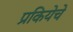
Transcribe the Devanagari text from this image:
प्रकियेचे